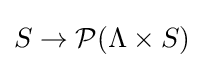
S\to {\mathcal {P}}(\Lambda \times S)